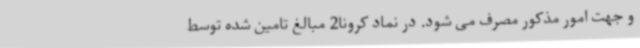
و جهت امور مذکور مصرف می شود. در نماد کرونا2 مبالغ تامین شده توسط